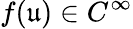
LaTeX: f(\mathfrak{u})\in C^{\infty}